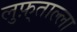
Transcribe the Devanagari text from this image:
लुफ़्ताल्ला